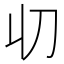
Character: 𠚨